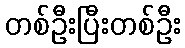
တစ်ဦးပြီးတစ်ဦး